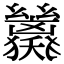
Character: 𢇖